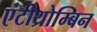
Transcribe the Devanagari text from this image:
एंटीथ्रोम्बिन